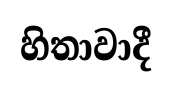
හිතාවාදී